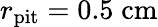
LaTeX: r_{\mathrm{pit}}=0.5\; \mathrm{cm}